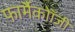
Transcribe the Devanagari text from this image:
फार्मैकोॉजी